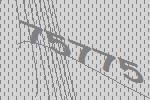
75775